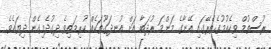
ރުސްތުމް ވިހެއުމުގެތެރޭގައި އޭނާގެ މަންމަ ރުދަބާ އަށް އުނދަގޫތަކެއް ކުރިމަތިވެ ދިގުދެމިގެން ދިޔައެވެ.